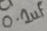
Text: 0.1uf